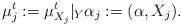
LaTeX: \begin{align*}\mu^t_j := \mu^t_{X_j}|_{Y} \alpha_j := (\alpha, X_j).\end{align*}